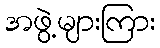
အဖွဲ့များကြား